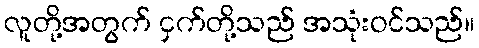
လူတို့အတွက် ငှက်တို့သည် အသုံးဝင်သည်။